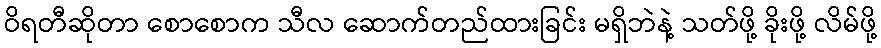
ဝိရတီဆိုတာ စောစောက သီလ ဆောက်တည်ထားခြင်း မရှိဘဲနဲ့ သတ်ဖို့ ခိုးဖို့ လိမ်ဖို့